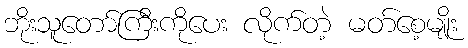
ဘိုးသူတော်ကြီးကိုပေး လိုက်တဲ့ မတ်စေ့မျိုး